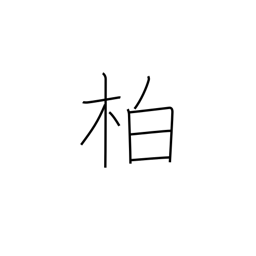
Meaning: cypress